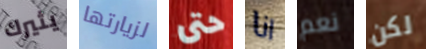
يثيرك لزيارتها حتى انا نعم لكن